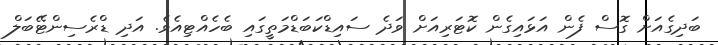
ބަދިގެއަށް ގޮސް ފެން އަޅައިގެން ކޮޓަރިއަށް ވަދެ ސައިޑްކަބަޑްމަތީގައި ބެހެއްޓިއެވެ. އަދި ޑްރެސިންޓޭބަލް